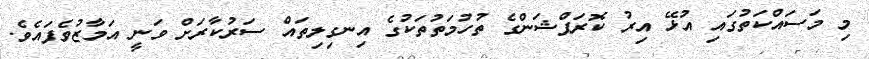
މި މަސައްކަތުގައި އުޅޭ އިރު ކޮރަޕްޝަންގެ ތުހުމަތުތަކުގެ އިނގިލިތައް ސަރުކާރަށް ވަނީ އަމާޒުވެފައެވެ.